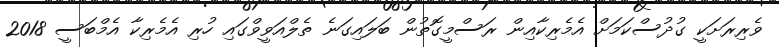
ވެރިރަށަކީ ގުދުސްކަމަށް އެމެރިކާއިން ރަސްމީގޮތުން ބަލައިގަނެ ތެލްއަވީވްގައި ހުރި އެމެރިކާ އެމްބަސީ 2018